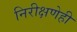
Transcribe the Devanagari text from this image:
निरीक्षणेही